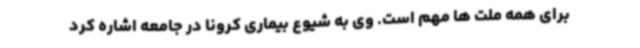
برای همه ملت ها مهم است. وی به شیوع بیماری کرونا در جامعه اشاره کرد